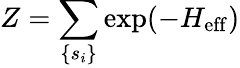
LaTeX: Z=\sum_{\{ s_{i}\} }\exp(-H_{\mathrm{eff}})